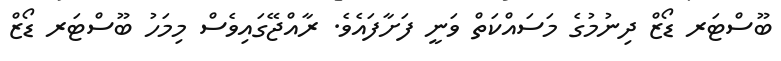
ބޫސްޓަރ ޑޯޒް ދިނުމުގެ މަސައްކަތް ވަނީ ފަށާފައެވެ. ރާއްޖޭގައިވެސް މިމަހު ބޫސްޓަރ ޑޯޒް